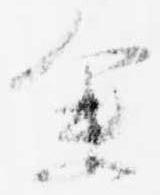
余